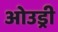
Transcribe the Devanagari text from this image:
ओउड्री